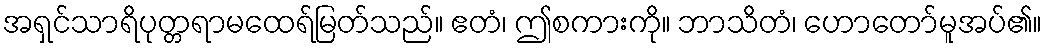
အရှင်သာရိပုတ္တရာမထေရ်မြတ်သည်။ ဧတံ၊ ဤစကားကို။ ဘာသိတံ၊ ဟောတော်မူအပ်၏။